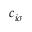
c _ { i \sigma } ^ { \phantom { } }